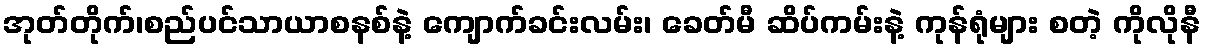
အုတ်တိုက်၊စည်ပင်သာယာစနစ်နဲ့ ကျောက်ခင်းလမ်း၊ ခေတ်မီ ဆိပ်ကမ်းနဲ့ ကုန်ရုံများ စတဲ့ ကိုလိုနီ